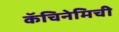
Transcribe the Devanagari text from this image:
कॅचिनेमिची